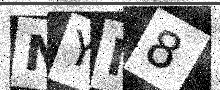
Text: NYM8